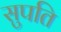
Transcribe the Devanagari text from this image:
सुपति